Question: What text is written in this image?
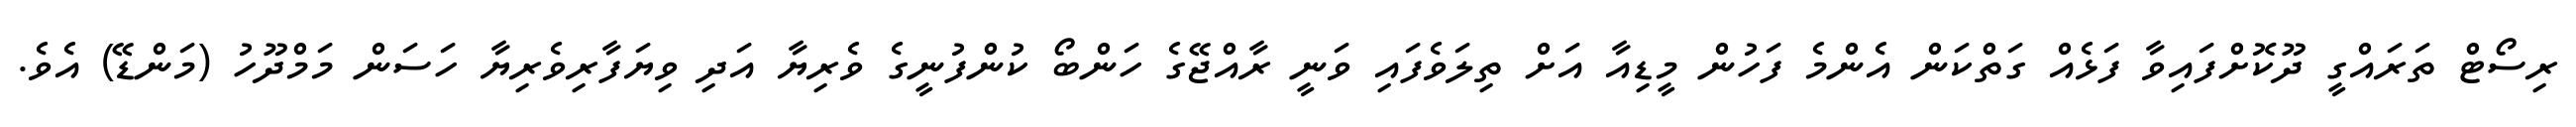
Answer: ރިސޯޓް ތަރައްގީ ދޫކޮށްފައިވާ ފަޅެއް ގަތްކަން އެންމެ ފަހުން މީޑިއާ އަށް ތިލަވެފައި ވަނީ ރާއްޖޭގެ ހަންބޯ ކުންފުނީގެ ވެރިޔާ އަދި ވިޔަފާރިވެރިޔާ ހަސަން މަމްދޫހު (މަންޑޭ) އެވެ.